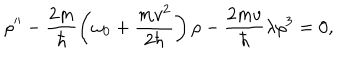
LaTeX: \rho ^ { \prime \prime } - \frac { 2 m } { \hbar } \left( \omega _ { 0 } + \frac { m v ^ { 2 } } { 2 \hbar } \right) \rho - { \frac { 2 m v } { \hbar } } \lambda \rho ^ { 3 } = 0 ,